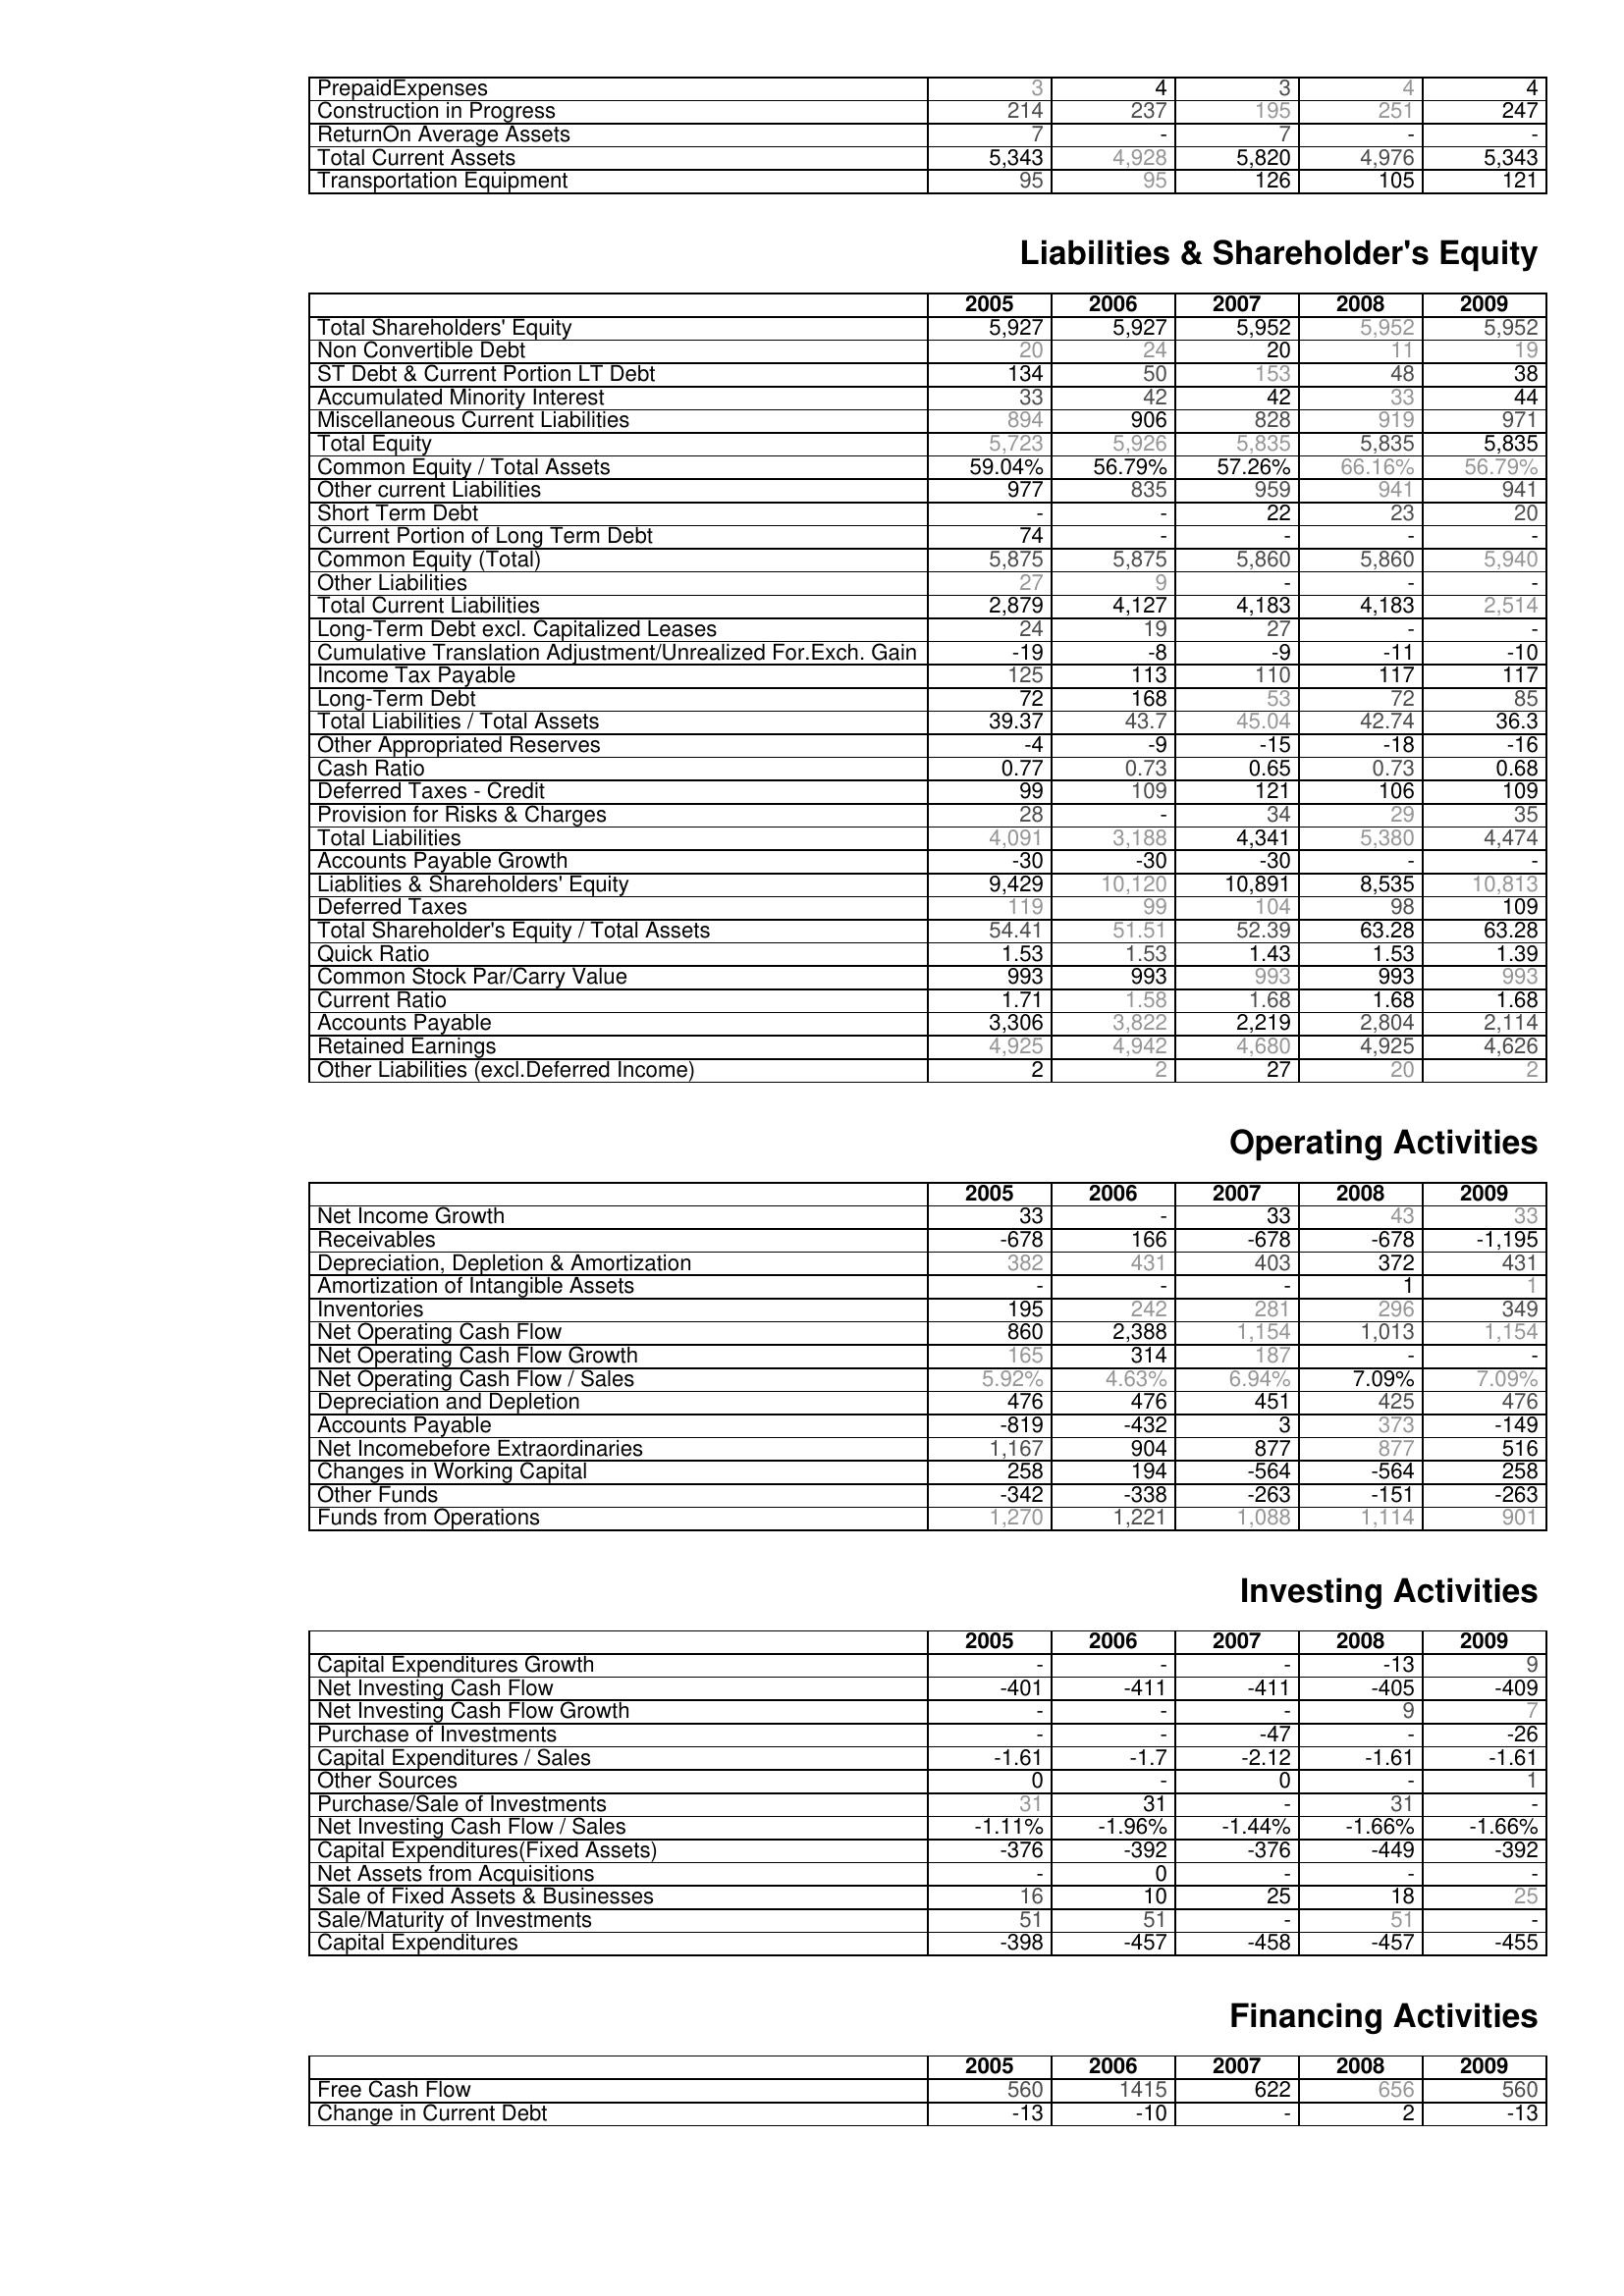
2005: Assets: PrepaidExpenses: 3
Construction in Progress: 214
ReturnOn Average Assets: 7
Total Current Assets: 5,343
Transportation Equipment: 95
Liabilities & Shareholder's Equity: Total Shareholders' Equity: 5,927
Non Convertible Debt: 20
ST Debt & Current Portion LT Debt: 134
Accumulated Minority Interest: 33
Miscellaneous Current Liabilities: 894
Total Equity: 5,723
Common Equity / Total Assets: 59.04%
Other current Liabilities: 977
Short Term Debt: -
Current Portion of Long Term Debt: 74
Common Equity (Total): 5,875
Other Liabilities: 27
Total Current Liabilities: 2,879
Long-Term Debt excl. Capitalized Leases: 24
Cumulative Translation Adjustment/Unrealized For.Exch. Gain: -19
Income Tax Payable: 125
Long-Term Debt: 72
Total Liabilities / Total Assets: 39.37
Other Appropriated Reserves: -4
Cash Ratio: 0.77
Deferred Taxes - Credit: 99
Provision for Risks & Charges: 28
Total Liabilities: 4,091
Accounts Payable Growth: -30
Liablities & Shareholders' Equity: 9,429
Deferred Taxes: 119
Total Shareholder's Equity / Total Assets: 54.41
Quick Ratio: 1.53
Common Stock Par/Carry Value: 993
Current Ratio: 1.71
Accounts Payable: 3,306
Retained Earnings: 4,925
Other Liabilities (excl.Deferred Income): 2
Operating Activities: Net Income Growth: 33
Receivables: -678
Depreciation, Depletion & Amortization: 382
Amortization of Intangible Assets: -
Inventories: 195
Net Operating Cash Flow: 860
Net Operating Cash Flow Growth: 165
Net Operating Cash Flow / Sales: 5.92%
Depreciation and Depletion: 476
Accounts Payable: -819
Net Incomebefore Extraordinaries: 1,167
Changes in Working Capital: 258
Other Funds: -342
Funds from Operations: 1,270
Investing Activities: Capital Expenditures Growth: -
Net Investing Cash Flow: -401
Net Investing Cash Flow Growth: -
Purchase of Investments: -
Capital Expenditures / Sales: -1.61
Other Sources: 0
Purchase/Sale of Investments: 31
Net Investing Cash Flow / Sales: -1.11%
Capital Expenditures(Fixed Assets): -376
Net Assets from Acquisitions: -
Sale of Fixed Assets & Businesses: 16
Sale/Maturity of Investments: 51
Capital Expenditures: -398
Financing Activities: Free Cash Flow: 560
Change in Current Debt: -13
2006: Assets: PrepaidExpenses: 4
Construction in Progress: 237
ReturnOn Average Assets: -
Total Current Assets: 4,928
Transportation Equipment: 95
Liabilities & Shareholder's Equity: Total Shareholders' Equity: 5,927
Non Convertible Debt: 24
ST Debt & Current Portion LT Debt: 50
Accumulated Minority Interest: 42
Miscellaneous Current Liabilities: 906
Total Equity: 5,926
Common Equity / Total Assets: 56.79%
Other current Liabilities: 835
Short Term Debt: -
Current Portion of Long Term Debt: -
Common Equity (Total): 5,875
Other Liabilities: 9
Total Current Liabilities: 4,127
Long-Term Debt excl. Capitalized Leases: 19
Cumulative Translation Adjustment/Unrealized For.Exch. Gain: -8
Income Tax Payable: 113
Long-Term Debt: 168
Total Liabilities / Total Assets: 43.7
Other Appropriated Reserves: -9
Cash Ratio: 0.73
Deferred Taxes - Credit: 109
Provision for Risks & Charges: -
Total Liabilities: 3,188
Accounts Payable Growth: -30
Liablities & Shareholders' Equity: 10,120
Deferred Taxes: 99
Total Shareholder's Equity / Total Assets: 51.51
Quick Ratio: 1.53
Common Stock Par/Carry Value: 993
Current Ratio: 1.58
Accounts Payable: 3,822
Retained Earnings: 4,942
Other Liabilities (excl.Deferred Income): 2
Operating Activities: Net Income Growth: -
Receivables: 166
Depreciation, Depletion & Amortization: 431
Amortization of Intangible Assets: -
Inventories: 242
Net Operating Cash Flow: 2,388
Net Operating Cash Flow Growth: 314
Net Operating Cash Flow / Sales: 4.63%
Depreciation and Depletion: 476
Accounts Payable: -432
Net Incomebefore Extraordinaries: 904
Changes in Working Capital: 194
Other Funds: -338
Funds from Operations: 1,221
Investing Activities: Capital Expenditures Growth: -
Net Investing Cash Flow: -411
Net Investing Cash Flow Growth: -
Purchase of Investments: -
Capital Expenditures / Sales: -1.7
Other Sources: -
Purchase/Sale of Investments: 31
Net Investing Cash Flow / Sales: -1.96%
Capital Expenditures(Fixed Assets): -392
Net Assets from Acquisitions: 0
Sale of Fixed Assets & Businesses: 10
Sale/Maturity of Investments: 51
Capital Expenditures: -457
Financing Activities: Free Cash Flow: 1415
Change in Current Debt: -10
2007: Assets: PrepaidExpenses: 3
Construction in Progress: 195
ReturnOn Average Assets: 7
Total Current Assets: 5,820
Transportation Equipment: 126
Liabilities & Shareholder's Equity: Total Shareholders' Equity: 5,952
Non Convertible Debt: 20
ST Debt & Current Portion LT Debt: 153
Accumulated Minority Interest: 42
Miscellaneous Current Liabilities: 828
Total Equity: 5,835
Common Equity / Total Assets: 57.26%
Other current Liabilities: 959
Short Term Debt: 22
Current Portion of Long Term Debt: -
Common Equity (Total): 5,860
Other Liabilities: -
Total Current Liabilities: 4,183
Long-Term Debt excl. Capitalized Leases: 27
Cumulative Translation Adjustment/Unrealized For.Exch. Gain: -9
Income Tax Payable: 110
Long-Term Debt: 53
Total Liabilities / Total Assets: 45.04
Other Appropriated Reserves: -15
Cash Ratio: 0.65
Deferred Taxes - Credit: 121
Provision for Risks & Charges: 34
Total Liabilities: 4,341
Accounts Payable Growth: -30
Liablities & Shareholders' Equity: 10,891
Deferred Taxes: 104
Total Shareholder's Equity / Total Assets: 52.39
Quick Ratio: 1.43
Common Stock Par/Carry Value: 993
Current Ratio: 1.68
Accounts Payable: 2,219
Retained Earnings: 4,680
Other Liabilities (excl.Deferred Income): 27
Operating Activities: Net Income Growth: 33
Receivables: -678
Depreciation, Depletion & Amortization: 403
Amortization of Intangible Assets: -
Inventories: 281
Net Operating Cash Flow: 1,154
Net Operating Cash Flow Growth: 187
Net Operating Cash Flow / Sales: 6.94%
Depreciation and Depletion: 451
Accounts Payable: 3
Net Incomebefore Extraordinaries: 877
Changes in Working Capital: -564
Other Funds: -263
Funds from Operations: 1,088
Investing Activities: Capital Expenditures Growth: -
Net Investing Cash Flow: -411
Net Investing Cash Flow Growth: -
Purchase of Investments: -47
Capital Expenditures / Sales: -2.12
Other Sources: 0
Purchase/Sale of Investments: -
Net Investing Cash Flow / Sales: -1.44%
Capital Expenditures(Fixed Assets): -376
Net Assets from Acquisitions: -
Sale of Fixed Assets & Businesses: 25
Sale/Maturity of Investments: -
Capital Expenditures: -458
Financing Activities: Free Cash Flow: 622
Change in Current Debt: -
2008: Assets: PrepaidExpenses: 4
Construction in Progress: 251
ReturnOn Average Assets: -
Total Current Assets: 4,976
Transportation Equipment: 105
Liabilities & Shareholder's Equity: Total Shareholders' Equity: 5,952
Non Convertible Debt: 11
ST Debt & Current Portion LT Debt: 48
Accumulated Minority Interest: 33
Miscellaneous Current Liabilities: 919
Total Equity: 5,835
Common Equity / Total Assets: 66.16%
Other current Liabilities: 941
Short Term Debt: 23
Current Portion of Long Term Debt: -
Common Equity (Total): 5,860
Other Liabilities: -
Total Current Liabilities: 4,183
Long-Term Debt excl. Capitalized Leases: -
Cumulative Translation Adjustment/Unrealized For.Exch. Gain: -11
Income Tax Payable: 117
Long-Term Debt: 72
Total Liabilities / Total Assets: 42.74
Other Appropriated Reserves: -18
Cash Ratio: 0.73
Deferred Taxes - Credit: 106
Provision for Risks & Charges: 29
Total Liabilities: 5,380
Accounts Payable Growth: -
Liablities & Shareholders' Equity: 8,535
Deferred Taxes: 98
Total Shareholder's Equity / Total Assets: 63.28
Quick Ratio: 1.53
Common Stock Par/Carry Value: 993
Current Ratio: 1.68
Accounts Payable: 2,804
Retained Earnings: 4,925
Other Liabilities (excl.Deferred Income): 20
Operating Activities: Net Income Growth: 43
Receivables: -678
Depreciation, Depletion & Amortization: 372
Amortization of Intangible Assets: 1
Inventories: 296
Net Operating Cash Flow: 1,013
Net Operating Cash Flow Growth: -
Net Operating Cash Flow / Sales: 7.09%
Depreciation and Depletion: 425
Accounts Payable: 373
Net Incomebefore Extraordinaries: 877
Changes in Working Capital: -564
Other Funds: -151
Funds from Operations: 1,114
Investing Activities: Capital Expenditures Growth: -13
Net Investing Cash Flow: -405
Net Investing Cash Flow Growth: 9
Purchase of Investments: -
Capital Expenditures / Sales: -1.61
Other Sources: -
Purchase/Sale of Investments: 31
Net Investing Cash Flow / Sales: -1.66%
Capital Expenditures(Fixed Assets): -449
Net Assets from Acquisitions: -
Sale of Fixed Assets & Businesses: 18
Sale/Maturity of Investments: 51
Capital Expenditures: -457
Financing Activities: Free Cash Flow: 656
Change in Current Debt: 2
2009: Assets: PrepaidExpenses: 4
Construction in Progress: 247
ReturnOn Average Assets: -
Total Current Assets: 5,343
Transportation Equipment: 121
Liabilities & Shareholder's Equity: Total Shareholders' Equity: 5,952
Non Convertible Debt: 19
ST Debt & Current Portion LT Debt: 38
Accumulated Minority Interest: 44
Miscellaneous Current Liabilities: 971
Total Equity: 5,835
Common Equity / Total Assets: 56.79%
Other current Liabilities: 941
Short Term Debt: 20
Current Portion of Long Term Debt: -
Common Equity (Total): 5,940
Other Liabilities: -
Total Current Liabilities: 2,514
Long-Term Debt excl. Capitalized Leases: -
Cumulative Translation Adjustment/Unrealized For.Exch. Gain: -10
Income Tax Payable: 117
Long-Term Debt: 85
Total Liabilities / Total Assets: 36.3
Other Appropriated Reserves: -16
Cash Ratio: 0.68
Deferred Taxes - Credit: 109
Provision for Risks & Charges: 35
Total Liabilities: 4,474
Accounts Payable Growth: -
Liablities & Shareholders' Equity: 10,813
Deferred Taxes: 109
Total Shareholder's Equity / Total Assets: 63.28
Quick Ratio: 1.39
Common Stock Par/Carry Value: 993
Current Ratio: 1.68
Accounts Payable: 2,114
Retained Earnings: 4,626
Other Liabilities (excl.Deferred Income): 2
Operating Activities: Net Income Growth: 33
Receivables: -1,195
Depreciation, Depletion & Amortization: 431
Amortization of Intangible Assets: 1
Inventories: 349
Net Operating Cash Flow: 1,154
Net Operating Cash Flow Growth: -
Net Operating Cash Flow / Sales: 7.09%
Depreciation and Depletion: 476
Accounts Payable: -149
Net Incomebefore Extraordinaries: 516
Changes in Working Capital: 258
Other Funds: -263
Funds from Operations: 901
Investing Activities: Capital Expenditures Growth: 9
Net Investing Cash Flow: -409
Net Investing Cash Flow Growth: 7
Purchase of Investments: -26
Capital Expenditures / Sales: -1.61
Other Sources: 1
Purchase/Sale of Investments: -
Net Investing Cash Flow / Sales: -1.66%
Capital Expenditures(Fixed Assets): -392
Net Assets from Acquisitions: -
Sale of Fixed Assets & Businesses: 25
Sale/Maturity of Investments: -
Capital Expenditures: -455
Financing Activities: Free Cash Flow: 560
Change in Current Debt: -13